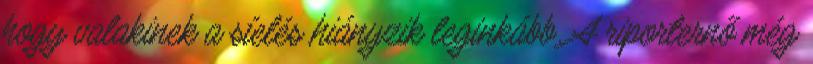
hogy valakinek a síelés hiányzik leginkább. A riporternő még